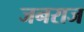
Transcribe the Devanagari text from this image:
जनराज